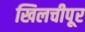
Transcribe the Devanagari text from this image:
खिलचीपूर